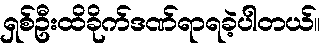
ရှစ်ဦးထိခိုက်ဒဏ်ရာရခဲ့ပါတယ်။